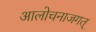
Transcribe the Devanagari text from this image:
आलोचनाजगत्